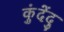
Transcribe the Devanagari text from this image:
कुंदेंदु